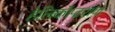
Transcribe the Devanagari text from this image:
हेलिकॉप्टरांचा